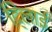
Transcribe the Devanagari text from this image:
दि्लाई